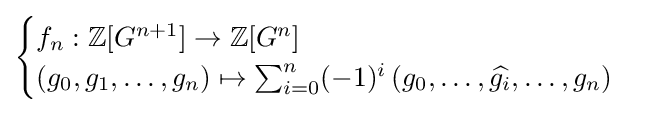
{\begin{cases}f_{n}:\mathbb {Z} [G^{n+1}]\to \mathbb {Z} [G^{n}]\\(g_{0},g_{1},\ldots ,g_{n})\mapsto \sum _{i=0}^{n}(-1)^{i}\left(g_{0},\ldots ,{\widehat {g_{i}}},\dots ,g_{n}\right)\end{cases}}